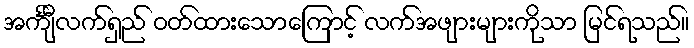
အင်္ကျီလက်ရှည် ဝတ်ထားသောကြောင့် လက်အဖျားများကိုသာ မြင်ရသည်။